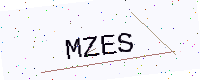
Text: MZES